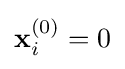
\mathbf {x} _{i}^{(0)}=0